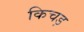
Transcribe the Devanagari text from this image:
किचड़